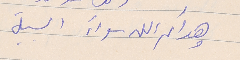
وهداكم الله سواءَ السبيل